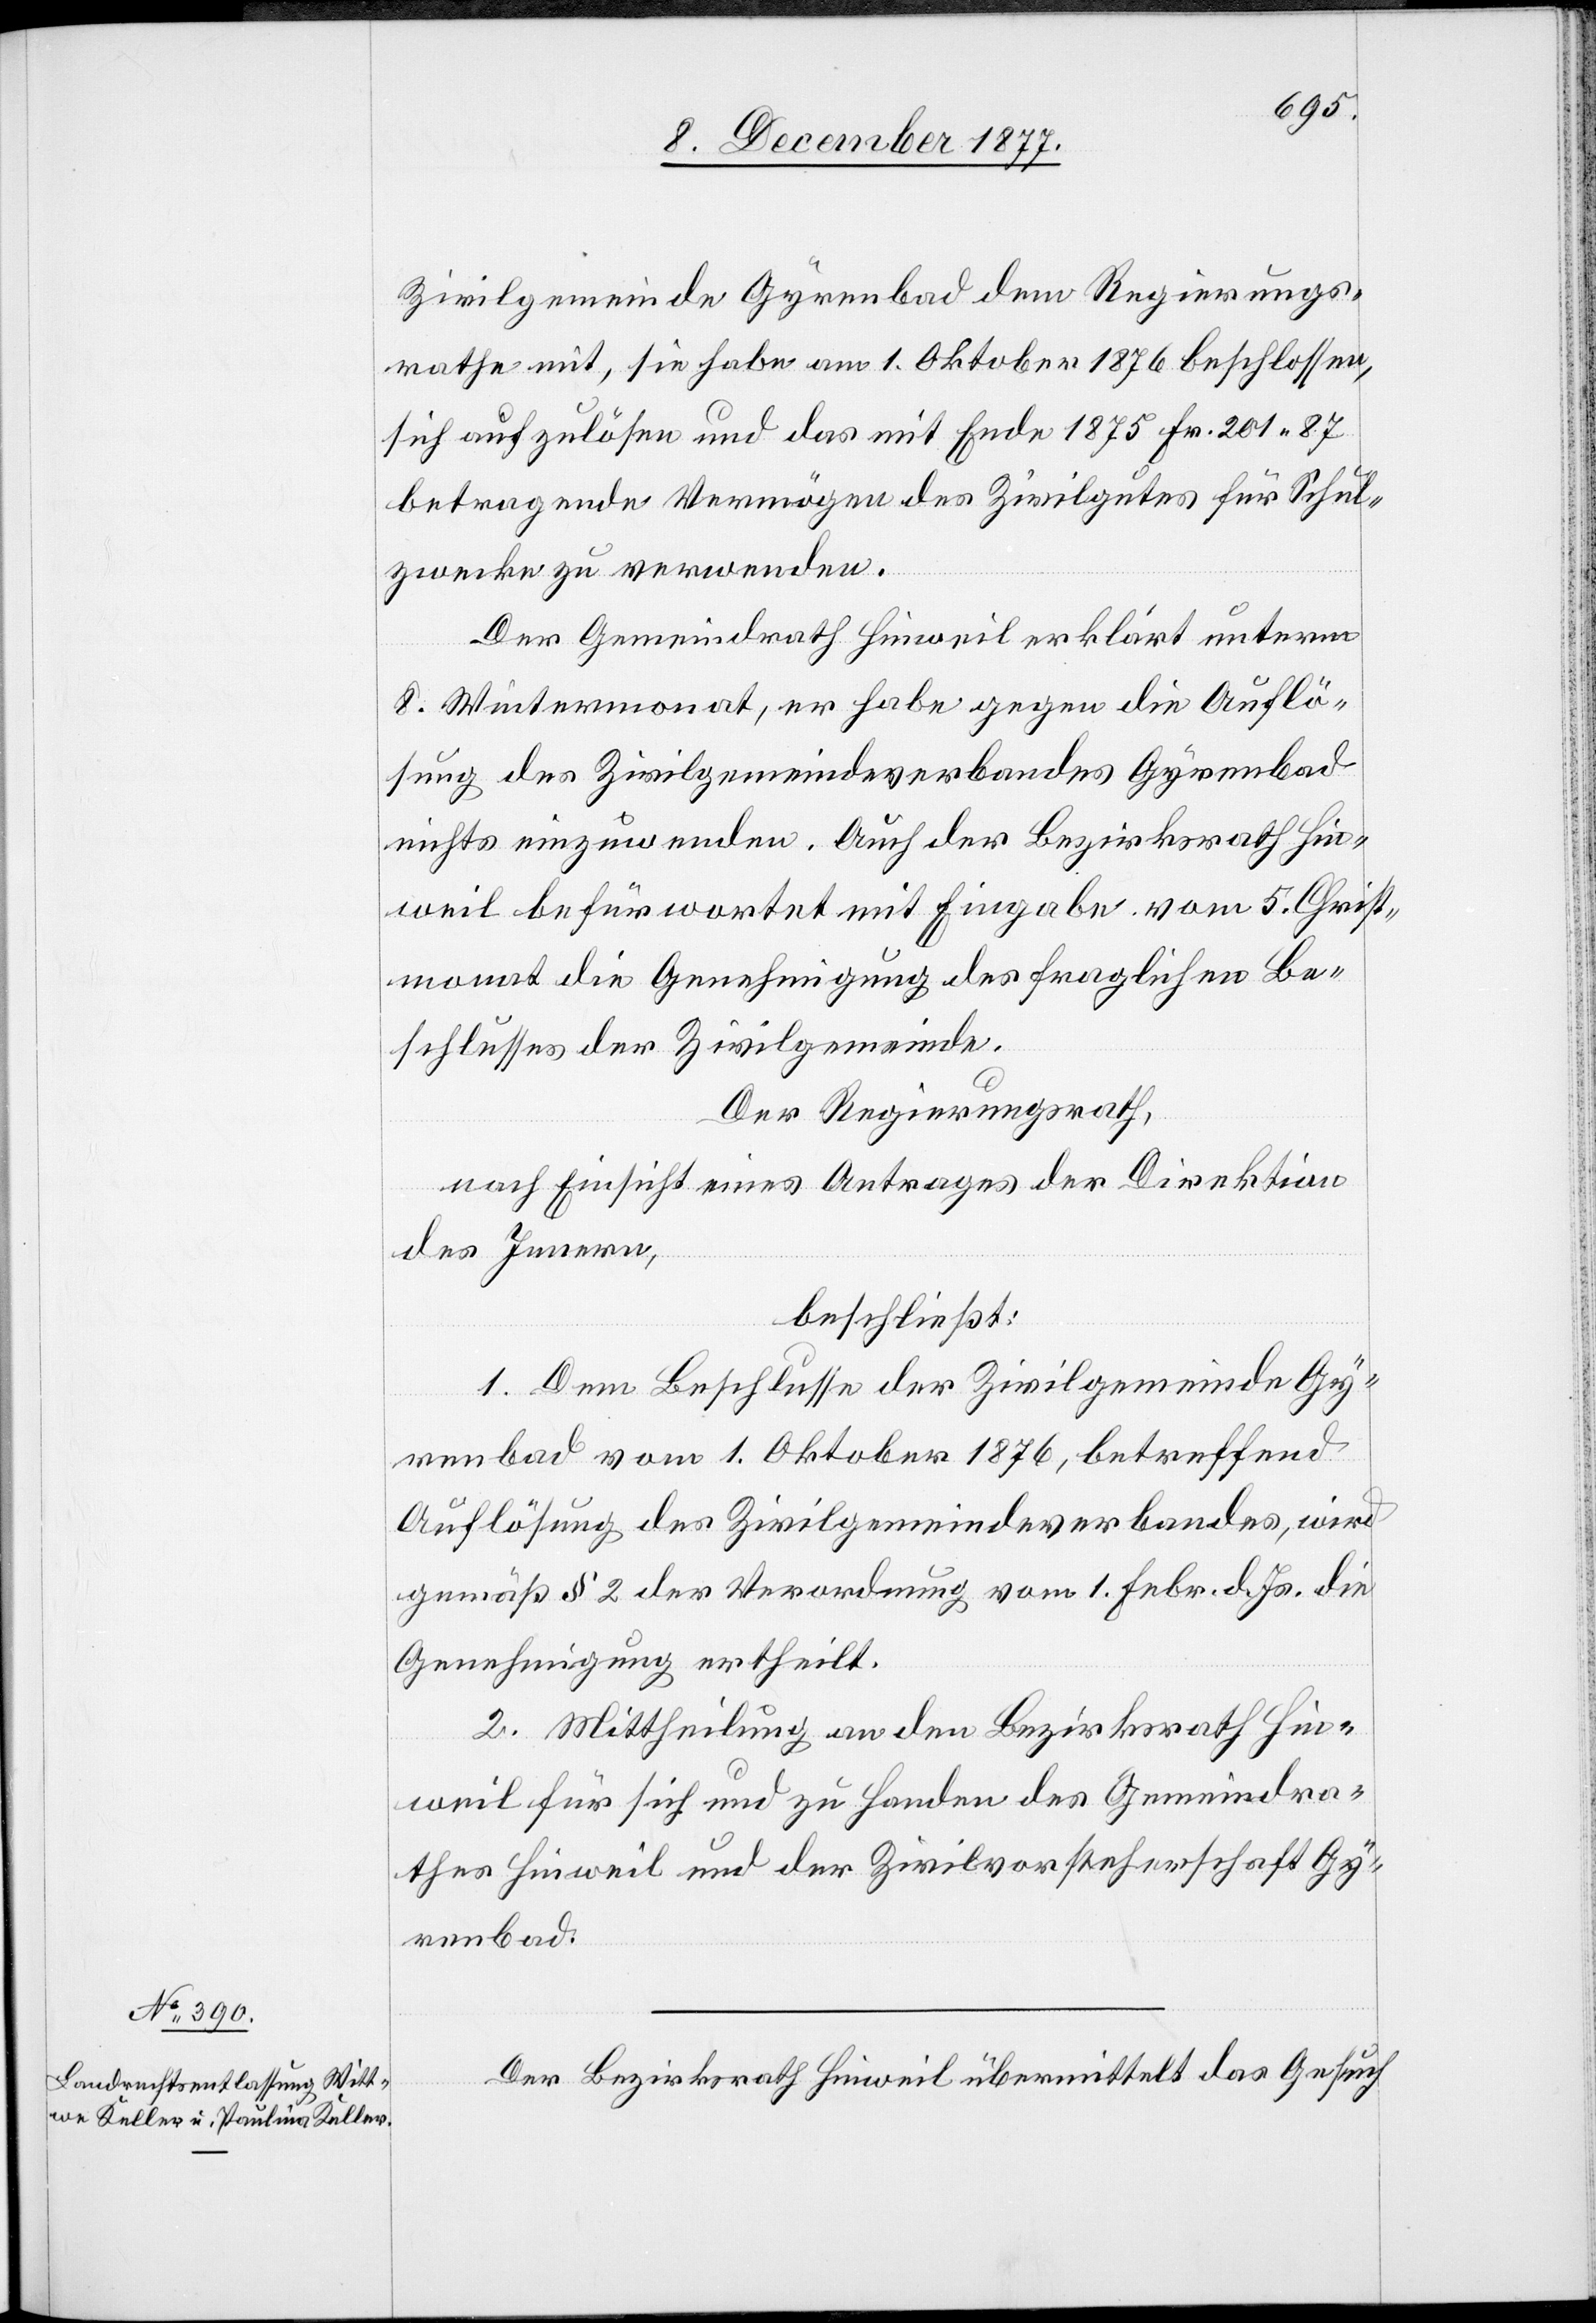
Zivilgemeinde Gyrenbad dem Regierungs¬
rathe mit, sie habe am 1. Oktober 1876 beschlossen,
sich aufzulösen und das mit Ende 1875 Fr. 201 87
betragende Vermögen des Zivilgutes für Schul¬
zwecke zu verwenden.
Der Gemeindrath Hinweil erklärt unterm
8. Wintermonat, er habe gegen die Auflö¬
sung des Zivilgemeindeverbandes Gyrenbad
nichts einzuwenden. Auch der Bezirksrath Hin¬
weil befürwortet mit Eingabe vom 5. Christ¬
monat die Genehmigung des fraglichen Be¬
schlusses der Zivilgemeinde.
Der Regierungsrath,
nach Einsicht eines Antrages der Direktion
des Innern,
beschließt:
1. Dem Beschlusse der Zivilgemeinde Gy¬
renbad vom 1. Oktober 1876, betreffend
Auflösung des Zivilgemeindeverbandes, wird
gemäß § 2 der Verordnung vom 1. Febr. d. Js. die
Genehmigung ertheilt.
2. Mittheilung an den Bezirksrath Hin¬
weil für sich und zu Handen des Gemeindra¬
thes Hinweil und der Zivilvorsteherschaft Gy¬
renbad.
Der Bezirksrath Hinweil übermittelt das Gesuch